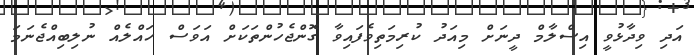
އަދި ވިދާޅުވީ އިސްލާމް ދީނަށް މިއަދު ކުރިމަތިވެފައިވާ ގޮންޖެހުންތަކަށް އަވަސް ހައްލެއް ނުލިބިއްޖެނަމަ